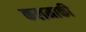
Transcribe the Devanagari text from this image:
कलमाकी